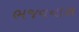
ભજવનારા